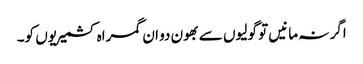
اگر نہ مانیں تو گولیوں سے بھون دو ان گمراہ کشمیریوں کو۔